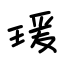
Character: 瑗